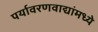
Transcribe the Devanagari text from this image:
पर्यावरणवाद्यांमध्ये